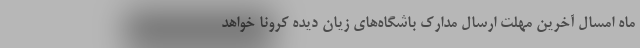
ماه امسال آخرین مهلت ارسال مدارک باشگاه‌های زیان دیده کرونا خواهد